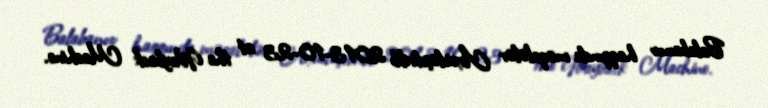
Balabanov haqqında məqalələr Arxivləşdirilib 2013-10-23 at the Wayback Machine.